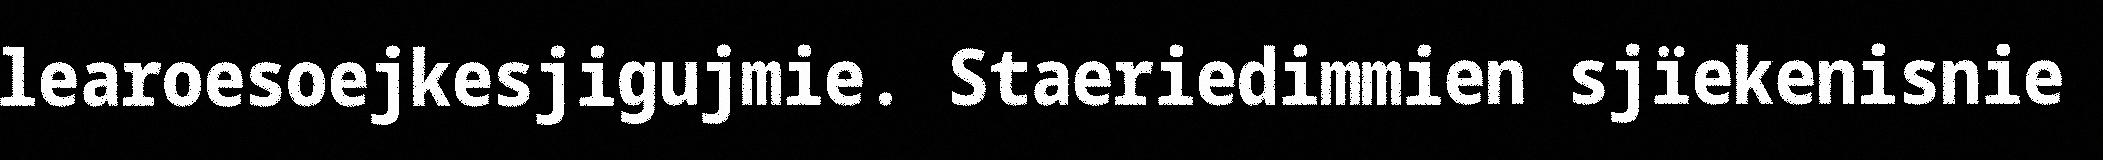
learoesoejkesjigujmie. Staeriedimmien sjïekenisnie